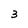
Character: 3